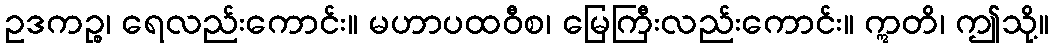
ဥဒကဉ္စ၊ ရေလည်းကောင်း။ မဟာပထဝီစ၊ မြေကြီးလည်းကောင်း။ ဣတိ၊ ဤသို့။